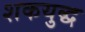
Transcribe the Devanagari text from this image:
शकयुद्ध